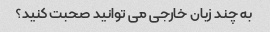
به چند زبان خارجی می توانید صحبت کنید؟